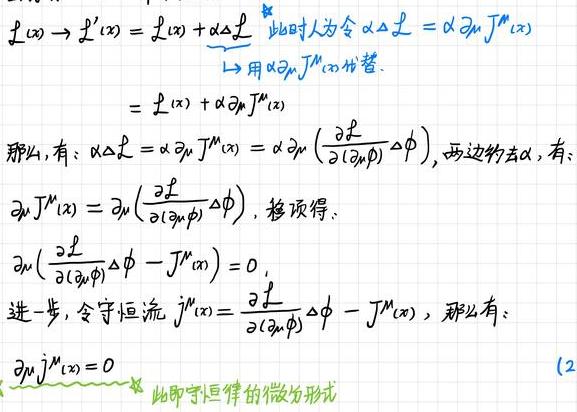
\(\mathcal{L}(x)&\to\mathcal{L}'(x)=\mathcal{L}(x)+\(\alpha\)\Delta\mathcal{L}\quad \)此时人为令\( \(\alpha\)\Delta\mathcal{L}=\(\alpha\)\partial_{\mu}J^{\mu}(x)\)
\(&\stackrel{\)用\( \(\alpha\)\partial_{\mu}J^{\mu}(x) \)代替\(}{\longrightarrow}\mathcal{L}(x)+\(\alpha\)\partial_{\mu}J^{\mu}(x)\)
那么，有：\(\alpha\)\Delta\mathcal{L}=\(\alpha\)\partial_{\mu}J^{\mu}(x)=\(\alpha\)\partial_{\mu}\left(\frac{\partial\mathcal{L}}{\partial(\partial_{\mu}\phi)}\Delta\phi\right)，两边约去\(\alpha\)，有：
\(\partial_{\mu}J^{\mu}(x)&=\partial_{\mu}\left(\frac{\partial\mathcal{L}}{\partial(\partial_{\mu}\phi)}\Delta\phi\right)\)
\(\partial_{\mu}\left(\frac{\partial\mathcal{L}}{\partial(\partial_{\mu}\phi)}\Delta\phi - J^{\mu}(x)\right)&= 0\)
进一步，令守恒流\( j^{\mu}(x)=\frac{\partial\mathcal{L}}{\partial(\partial_{\mu}\phi)}\Delta\phi - J^{\mu}(x)\)，那么有：
\(\partial_{\mu}j^{\mu}(x)=0\)
此即守恒律的微分形式  (2)